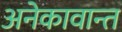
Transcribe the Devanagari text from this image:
अनेकावान्त